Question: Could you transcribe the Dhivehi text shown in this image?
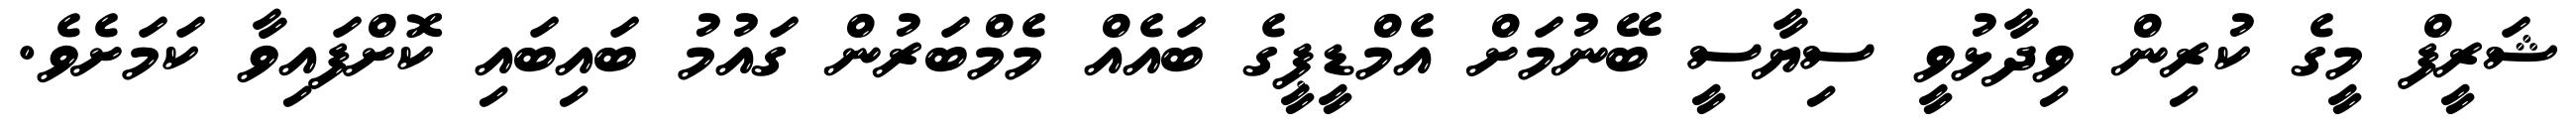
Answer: ޝަރީފް މީގެ ކުރިން ވިދާޅުވީ ސިޔާސީ ބޭނުމަށް އެމްޑީޕީގެ ބައެއް މެމްބަރުން ގައުމު ބައިބައި ކޮށްފައިވާ ކަމަށެވެ.